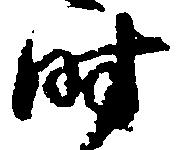
時